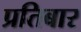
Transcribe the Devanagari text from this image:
प्रतिबार